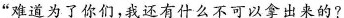
”难道为了你们，我还有过什么不可以拿出来的?